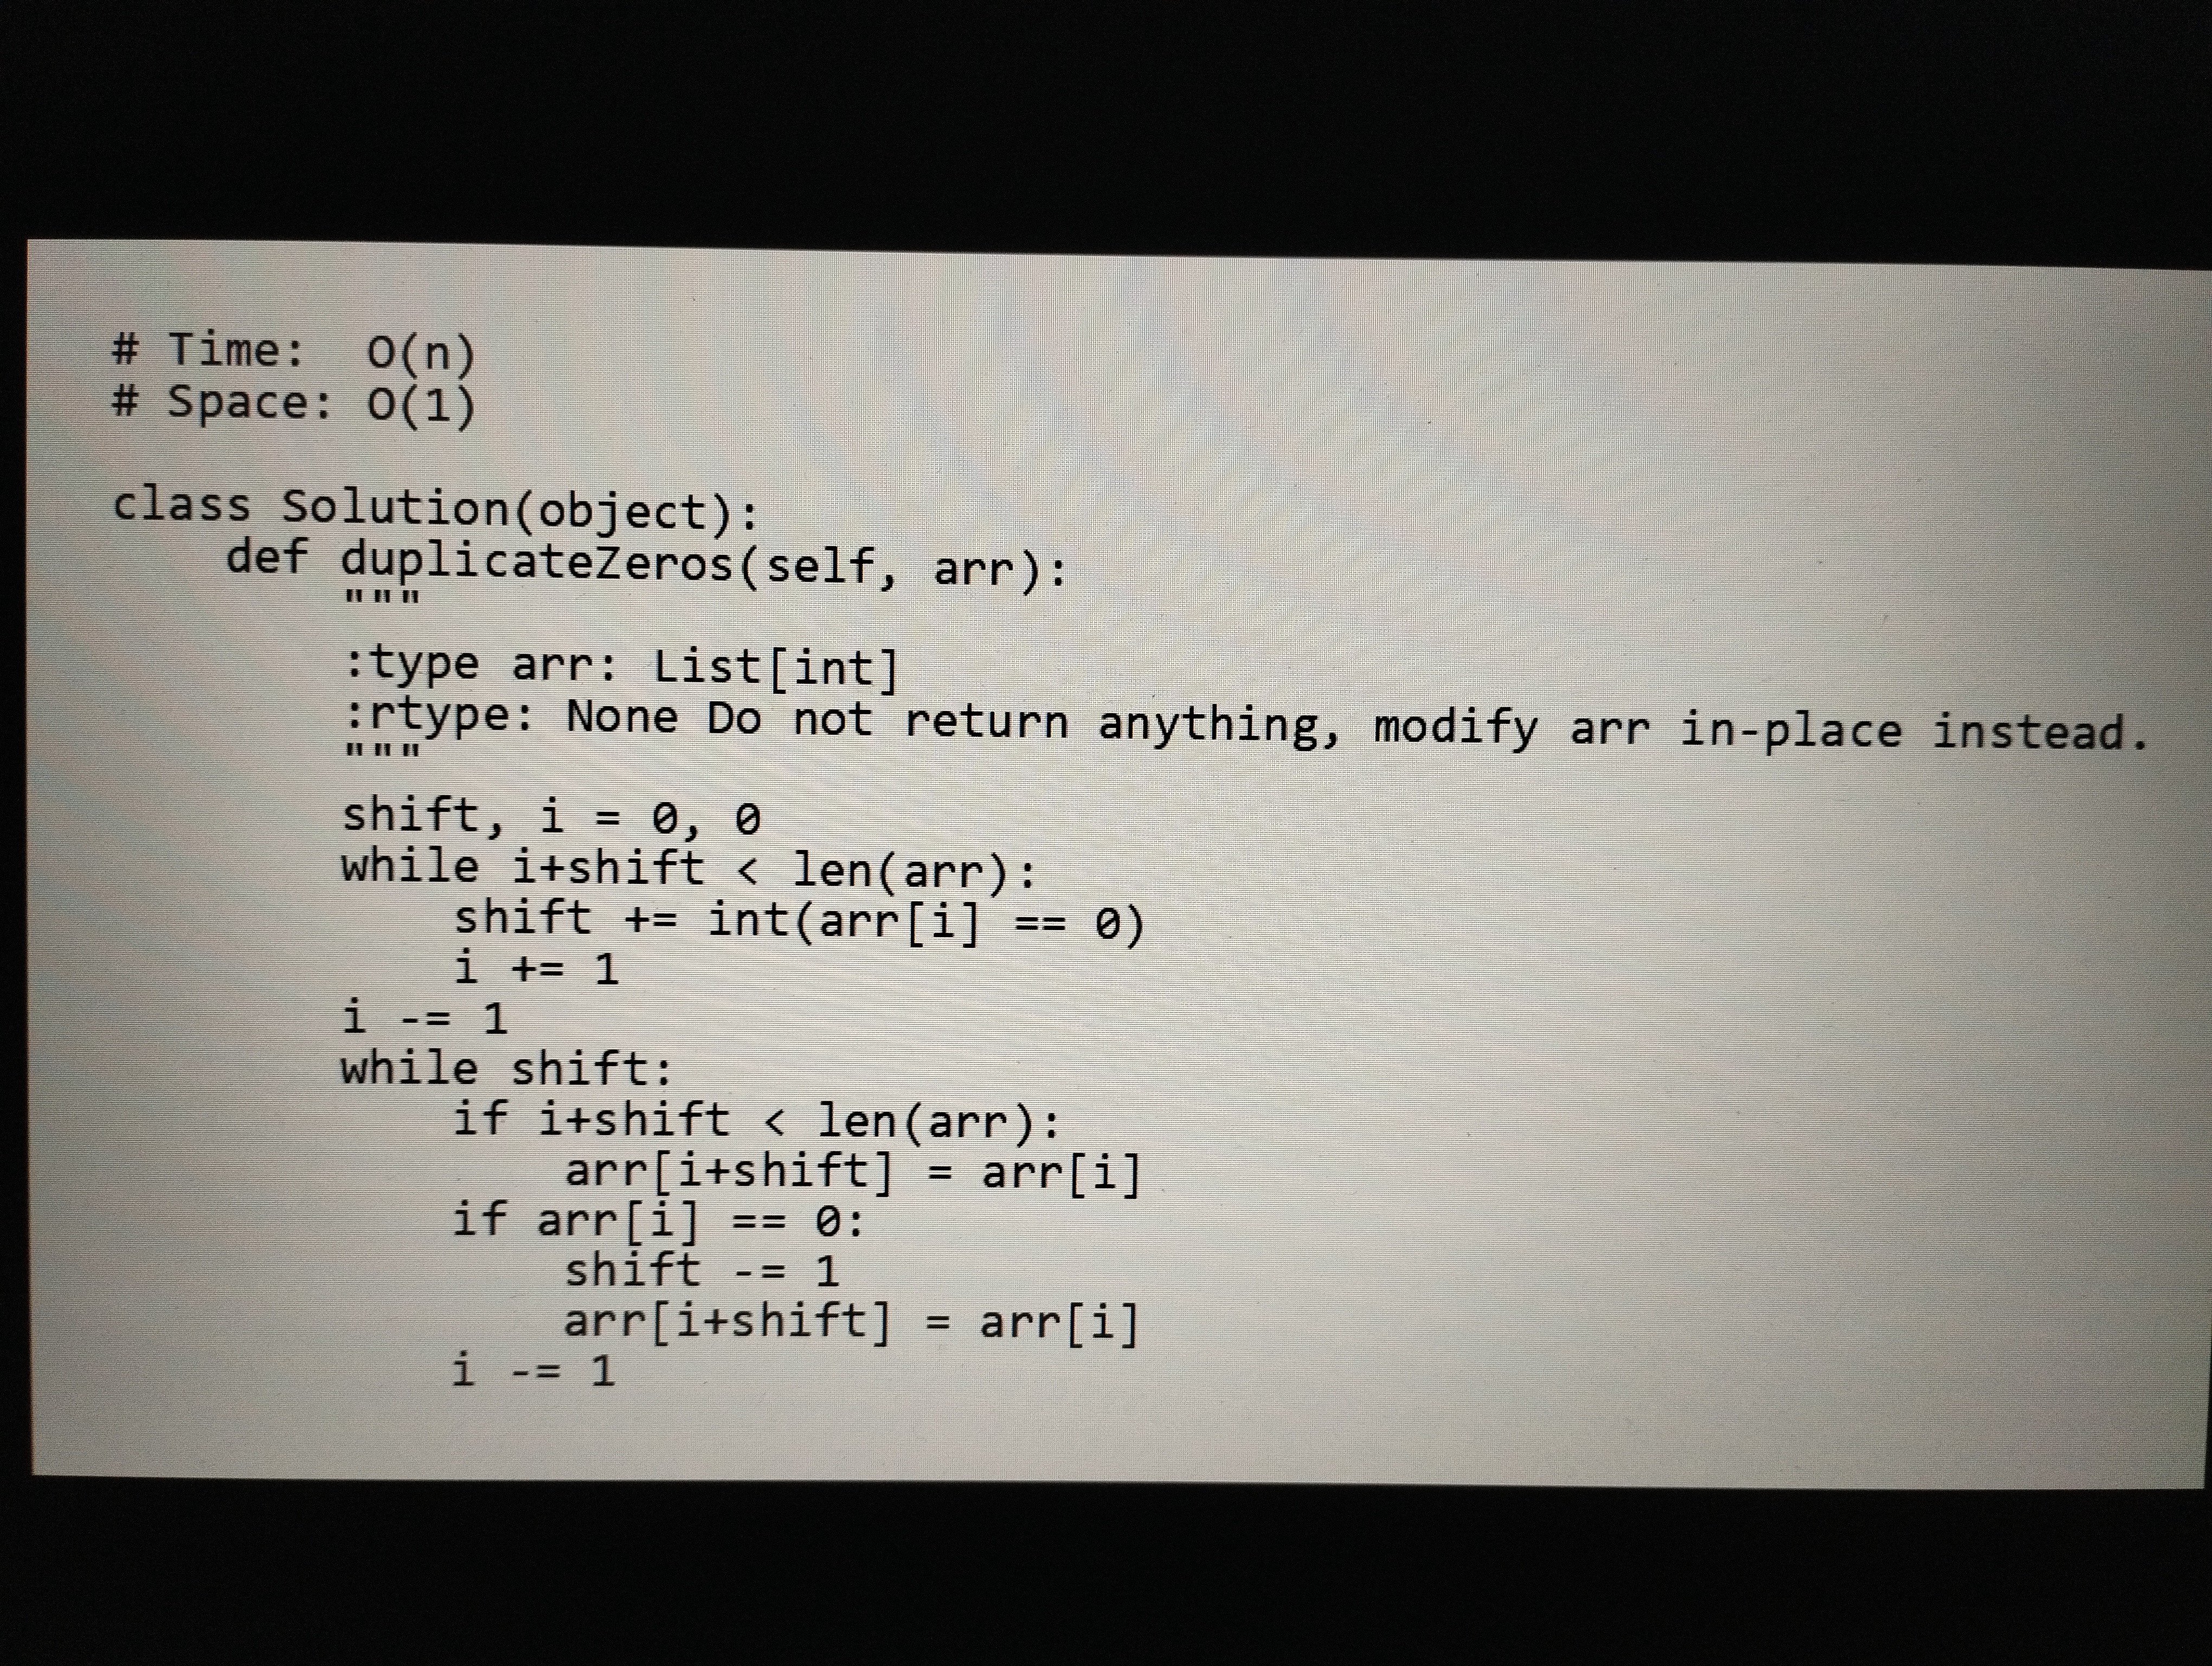
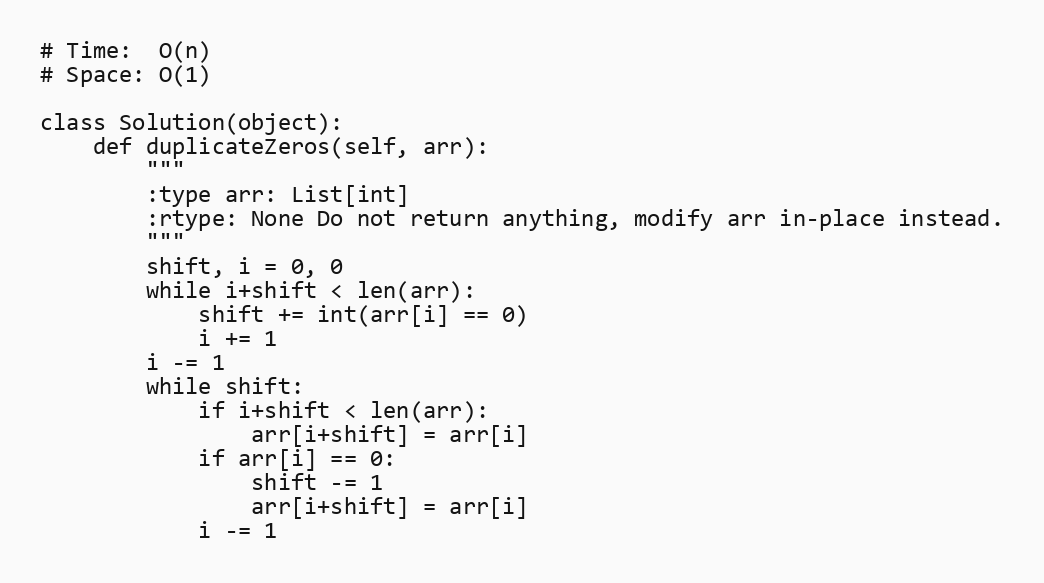
# Time:  O(n)
# Space: O(1)

class Solution(object):
    def duplicateZeros(self, arr):
        """
        :type arr: List[int]
        :rtype: None Do not return anything, modify arr in-place instead.
        """
        shift, i = 0, 0
        while i+shift < len(arr):
            shift += int(arr[i] == 0)
            i += 1
        i -= 1
        while shift:
            if i+shift < len(arr):
                arr[i+shift] = arr[i]
            if arr[i] == 0:
                shift -= 1
                arr[i+shift] = arr[i]
            i -= 1